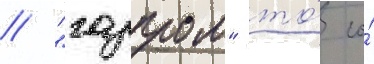
// "газпром" то́ со́